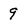
Character: 9